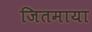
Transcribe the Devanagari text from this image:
जितमाया